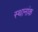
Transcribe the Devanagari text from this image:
स्थानांक